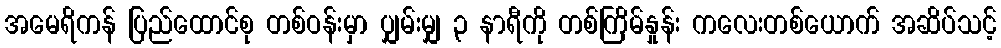
အမေရိကန် ပြည်ထောင်စု တစ်ဝန်းမှာ ပျှမ်းမျှ ၃ နာရီကို တစ်ကြိမ်နှုန်း ကလေးတစ်ယောက် အဆိပ်သင့်